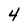
Character: 4